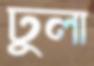
ঢুলা